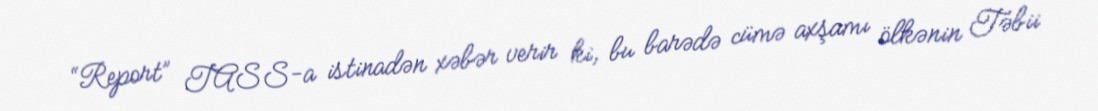
“Report” TASS-a istinadən xəbər verir ki, bu barədə cümə axşamı ölkənin Təbii